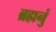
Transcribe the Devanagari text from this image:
ब्रह्मनुं